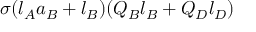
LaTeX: \sigma ( l _ { A } a _ { B } + l _ { B } ) ( Q _ { B } l _ { B } + Q _ { D } l _ { D } )